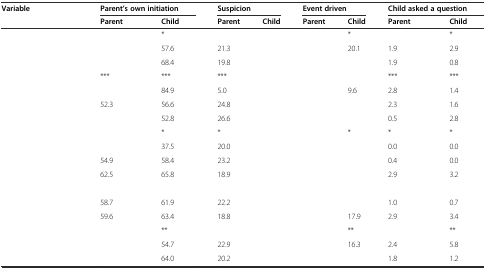
<table><thead><tr><td rowspan="2"><b>Variable</b></td><td colspan="2"><b>Parent’s own initiation</b></td><td colspan="2"><b>Suspicion</b></td><td colspan="2"><b>Event driven</b></td><td colspan="2"><b>Child asked a question</b></td></tr><tr><td><b>Parent</b></td><td><b>Child</b></td><td><b>Parent</b></td><td><b>Child</b></td><td><b>Parent</b></td><td><b>Child</b></td><td><b>Parent</b></td><td><b>Child</b></td></tr></thead><tbody><tr><td>[EMPTY_CELL]</td><td>[EMPTY_CELL]</td><td>*</td><td>[EMPTY_CELL]</td><td>[EMPTY_CELL]</td><td>[EMPTY_CELL]</td><td>*</td><td>[EMPTY_CELL]</td><td>*</td></tr><tr><td>[EMPTY_CELL]</td><td>[EMPTY_CELL]</td><td>57.6</td><td>21.3</td><td>[EMPTY_CELL]</td><td>[EMPTY_CELL]</td><td>20.1</td><td>1.9</td><td>2.9</td></tr><tr><td>[EMPTY_CELL]</td><td>[EMPTY_CELL]</td><td>68.4</td><td>19.8</td><td>[EMPTY_CELL]</td><td>[EMPTY_CELL]</td><td>[EMPTY_CELL]</td><td>1.9</td><td>0.8</td></tr><tr><td>[EMPTY_CELL]</td><td>***</td><td>***</td><td>***</td><td>[EMPTY_CELL]</td><td>[EMPTY_CELL]</td><td>[EMPTY_CELL]</td><td>***</td><td>***</td></tr><tr><td>[EMPTY_CELL]</td><td>[EMPTY_CELL]</td><td>84.9</td><td>5.0</td><td>[EMPTY_CELL]</td><td>[EMPTY_CELL]</td><td>9.6</td><td>2.8</td><td>1.4</td></tr><tr><td>[EMPTY_CELL]</td><td>52.3</td><td>56.6</td><td>24.8</td><td>[EMPTY_CELL]</td><td>[EMPTY_CELL]</td><td>[EMPTY_CELL]</td><td>2.3</td><td>1.6</td></tr><tr><td>[EMPTY_CELL]</td><td>[EMPTY_CELL]</td><td>52.8</td><td>26.6</td><td>[EMPTY_CELL]</td><td>[EMPTY_CELL]</td><td>[EMPTY_CELL]</td><td>0.5</td><td>2.8</td></tr><tr><td>[EMPTY_CELL]</td><td>[EMPTY_CELL]</td><td>*</td><td>*</td><td>[EMPTY_CELL]</td><td>[EMPTY_CELL]</td><td>*</td><td>*</td><td>*</td></tr><tr><td>[EMPTY_CELL]</td><td>[EMPTY_CELL]</td><td>37.5</td><td>20.0</td><td>[EMPTY_CELL]</td><td>[EMPTY_CELL]</td><td>[EMPTY_CELL]</td><td>0.0</td><td>0.0</td></tr><tr><td>[EMPTY_CELL]</td><td>54.9</td><td>58.4</td><td>23.2</td><td>[EMPTY_CELL]</td><td>[EMPTY_CELL]</td><td>[EMPTY_CELL]</td><td>0.4</td><td>0.0</td></tr><tr><td>[EMPTY_CELL]</td><td>62.5</td><td>65.8</td><td>18.9</td><td>[EMPTY_CELL]</td><td>[EMPTY_CELL]</td><td>[EMPTY_CELL]</td><td>2.9</td><td>3.2</td></tr><tr><td>[EMPTY_CELL]</td><td>[EMPTY_CELL]</td><td>[EMPTY_CELL]</td><td>[EMPTY_CELL]</td><td>[EMPTY_CELL]</td><td>[EMPTY_CELL]</td><td>[EMPTY_CELL]</td><td>[EMPTY_CELL]</td><td>[EMPTY_CELL]</td></tr><tr><td>[EMPTY_CELL]</td><td>58.7</td><td>61.9</td><td>22.2</td><td>[EMPTY_CELL]</td><td>[EMPTY_CELL]</td><td>[EMPTY_CELL]</td><td>1.0</td><td>0.7</td></tr><tr><td>[EMPTY_CELL]</td><td>59.6</td><td>63.4</td><td>18.8</td><td>[EMPTY_CELL]</td><td>[EMPTY_CELL]</td><td>17.9</td><td>2.9</td><td>3.4</td></tr><tr><td>[EMPTY_CELL]</td><td>[EMPTY_CELL]</td><td>**</td><td>[EMPTY_CELL]</td><td>[EMPTY_CELL]</td><td>[EMPTY_CELL]</td><td>**</td><td>[EMPTY_CELL]</td><td>**</td></tr><tr><td>[EMPTY_CELL]</td><td>[EMPTY_CELL]</td><td>54.7</td><td>22.9</td><td>[EMPTY_CELL]</td><td>[EMPTY_CELL]</td><td>16.3</td><td>2.4</td><td>5.8</td></tr><tr><td>[EMPTY_CELL]</td><td>[EMPTY_CELL]</td><td>64.0</td><td>20.2</td><td>[EMPTY_CELL]</td><td>[EMPTY_CELL]</td><td>[EMPTY_CELL]</td><td>1.8</td><td>1.2</td></tr></tbody></table>